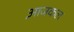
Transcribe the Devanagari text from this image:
आ़जकल